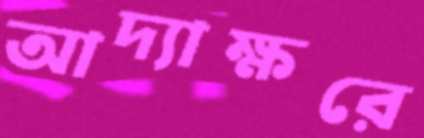
আদ্যাক্ষরে